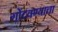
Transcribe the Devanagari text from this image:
गोंदवण्याचा